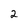
Character: 2